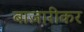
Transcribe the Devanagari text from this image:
बाज़ारीकर